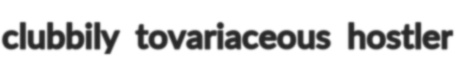
clubbily tovariaceous hostler